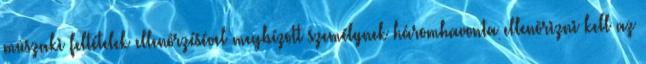
mûszaki feltételek ellenõrzésével megbízott személynek háromhavonta ellenõrizni kell az